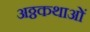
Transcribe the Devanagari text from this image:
अठ्ठकथाओं